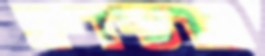
מרעידים